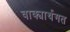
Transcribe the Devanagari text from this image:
वाक्यार्थगत